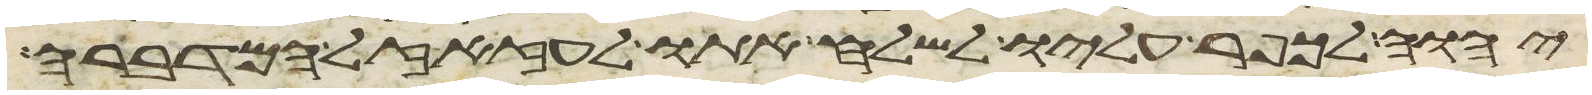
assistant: יהוה לכפר עליו לשלח אתו לעזזאל המדברה